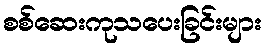
စစ်ဆေးကုသပေးခြင်းများ